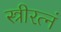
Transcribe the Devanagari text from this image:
स्त्रीरत्नं